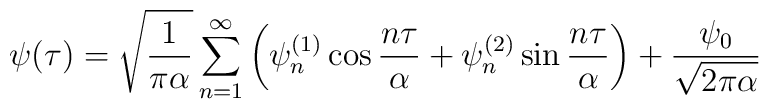
\psi(\tau)=\sqrt{1 \over\pi\alpha}\sum_{n=1}^{\infty}\left(\psi^{(1)}_n\cos{ n\tau \over \alpha}+\psi^{(2)}_n\sin{ n \tau \over \alpha}\right)+{\psi_0 \over\sqrt{2\pi\alpha}}~~~